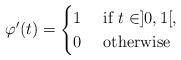
\begin{align*}\varphi'(t)=\begin{cases}1 & \mbox{ if }t\in]0,1[,\\0 & \mbox{ otherwise}\end{cases}\end{align*}